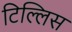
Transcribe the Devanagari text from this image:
टिल्लिस